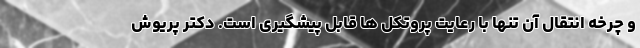
و چرخه انتقال آن تنها با رعایت پروتکل ها قابل پیشگیری است. دکتر پریوش